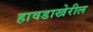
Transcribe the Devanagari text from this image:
हावडाखेरील